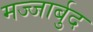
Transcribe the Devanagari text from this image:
मज्जार्बुद